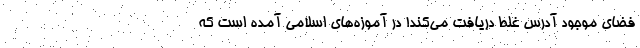
فضای موجود آدرس غلط دریافت می‌کند! در آموزه‌های اسلامی آمده است که